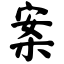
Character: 案